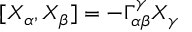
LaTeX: [ X _ { \alpha } , X _ { \beta } ] = - \Gamma _ { \alpha \beta } ^ { \gamma } X _ { \gamma }